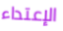
الإعتداء